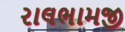
રાલભામજી